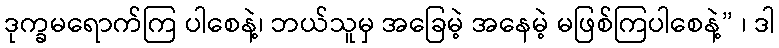
ဒုက္ခမရောက်ကြ ပါစေနဲ့၊ ဘယ်သူမှ အခြေမဲ့ အနေမဲ့ မဖြစ်ကြပါစေနဲ့” ၊ ဒါ